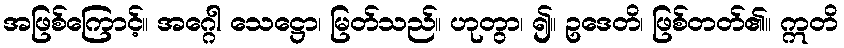
အဖြစ်ကြောင့်။ အဂ္ဂေါ သေဋ္ဌော၊ မြတ်သည်။ ဟုတွာ၊ ၍။ ဥဒေတိ၊ ဖြစ်တတ်၏။ ဣတိ